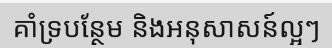
គាំទ្របន្ថែម និងអនុសាសន៍ល្អៗ